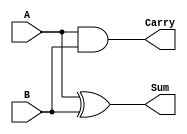
module half_adder(A,B,Sum,Carry);
input A,B;
output Sum,Carry;

xor U1(Sum,A,B);
and U2(Carry,A,B);

endmodule